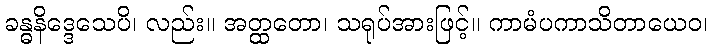
ခန္ဓနိဒ္ဒေသေပိ၊ လည်း။ အတ္ထတော၊ သရုပ်အားဖြင့်။ ကာမံပကာသိတာယေဝ၊